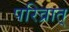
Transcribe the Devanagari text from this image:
परिव्रात्